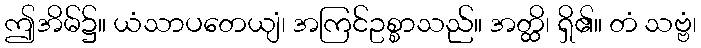
ဤအိမ်၌။ ယံသာပတေယျံ၊ အကြင်ဥစ္စာသည်။ အတ္ထိ၊ ရှိ၏။ တံ သဗ္ဗံ၊